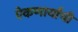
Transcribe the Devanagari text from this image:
ऐकणार्यांची